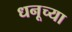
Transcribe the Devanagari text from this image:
धनूच्या